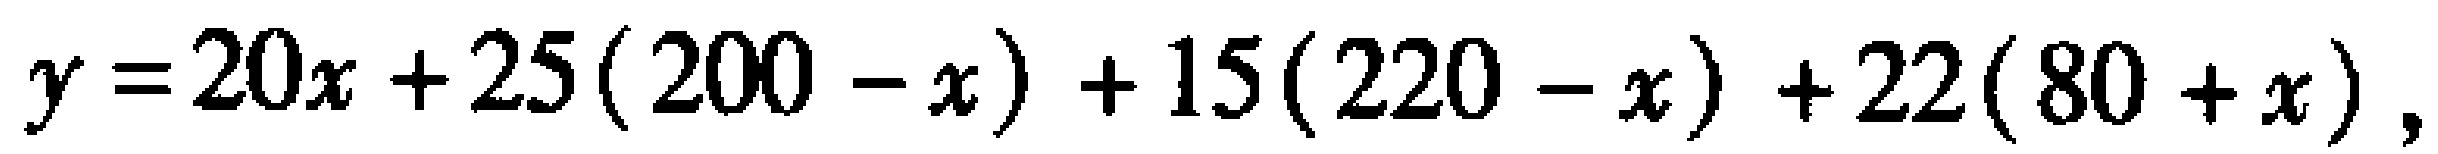
\(y = 20x + 25(200 - x) + 15(220 - x) + 22(80 + x)\)